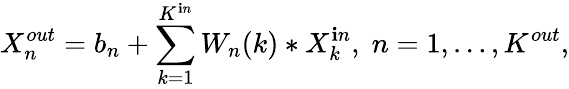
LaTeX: X_{n}^{out}=b_{n}+\sum_{k=1}^{K^{\mathbf{i}n}}W_{n}(k)*X_{k}^{\mathbf{i}n},\; n=1,\dots,K^{out},